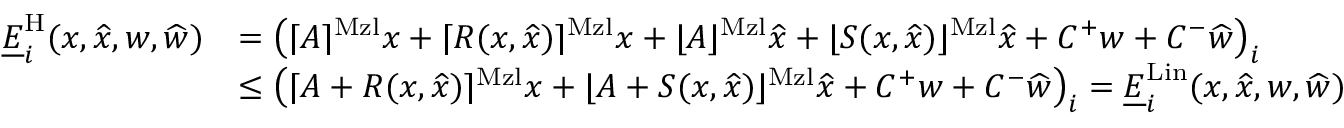
\begin{array} { r l } { \underline { { E } } _ { i } ^ { \mathrm { H } } ( x , \widehat { x } , w , \widehat { w } ) } & { = \left( \lceil A \rceil ^ { \mathrm { M z l } } x + \lceil R ( x , \widehat { x } ) \rceil ^ { \mathrm { M z l } } x + \lfloor A \rfloor ^ { \mathrm { M z l } } \widehat { x } + \lfloor S ( x , \widehat { x } ) \rfloor ^ { \mathrm { M z l } } \widehat { x } + C ^ { + } w + C ^ { - } \widehat { w } \right) _ { i } } \\ & { \le \left( \lceil A + R ( x , \widehat { x } ) \rceil ^ { \mathrm { M z l } } x + \lfloor A + S ( x , \widehat { x } ) \rfloor ^ { \mathrm { M z l } } \widehat { x } + C ^ { + } w + C ^ { - } \widehat { w } \right) _ { i } = \underline { { E } } _ { i } ^ { \mathrm { L i n } } ( x , \widehat { x } , w , \widehat { w } ) } \end{array}